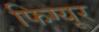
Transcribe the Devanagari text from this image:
फिग्यूर